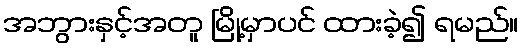
အဘွားနှင့်အတူ မြို့မှာပင် ထားခဲ့၍ ရမည်။